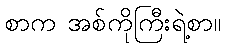
စာက အစ်ကိုကြီးရဲ့စာ။